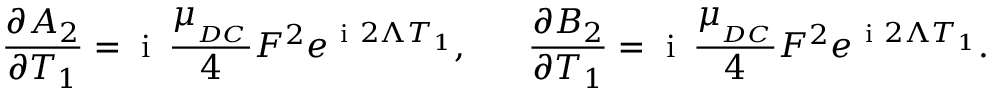
\frac { \partial A _ { 2 } } { \partial T _ { 1 } } = \mathrm { ~ i ~ } \, \frac { \mu _ { _ { D C } } } { 4 } F ^ { 2 } e ^ { \mathrm { ~ i ~ } 2 \Lambda T _ { 1 } } , \ \ \ \ \ \frac { \partial B _ { 2 } } { \partial T _ { 1 } } = \mathrm { ~ i ~ } \, \frac { \mu _ { _ { D C } } } { 4 } F ^ { 2 } e ^ { \mathrm { ~ i ~ } 2 \Lambda T _ { 1 } } .